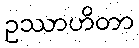
ဥဿာဟိတာ